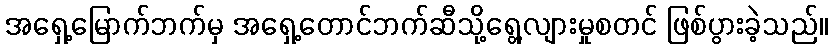
အရှေ့မြောက်ဘက်မှ အရှေ့တောင်ဘက်ဆီသို့ရွေ့လျားမှုစတင် ဖြစ်ပွားခဲ့သည်။